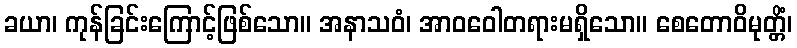
ခယာ၊ ကုန်ခြင်းကြောင့်ဖြစ်သော။ အနာသဝံ၊ အာဝဝေါတရားမရှိသော။ စေတောဝိမုတ္တိံ၊